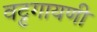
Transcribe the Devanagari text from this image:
वट्टगायणी